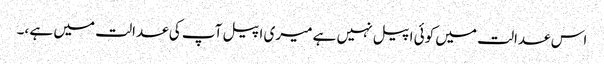
اس عدالت میں کوئی اپیل نہیں ہے میری اپیل آپ کی عدالت میں ہے ،۔